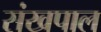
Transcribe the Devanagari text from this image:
संखपाल